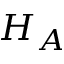
H _ { A }